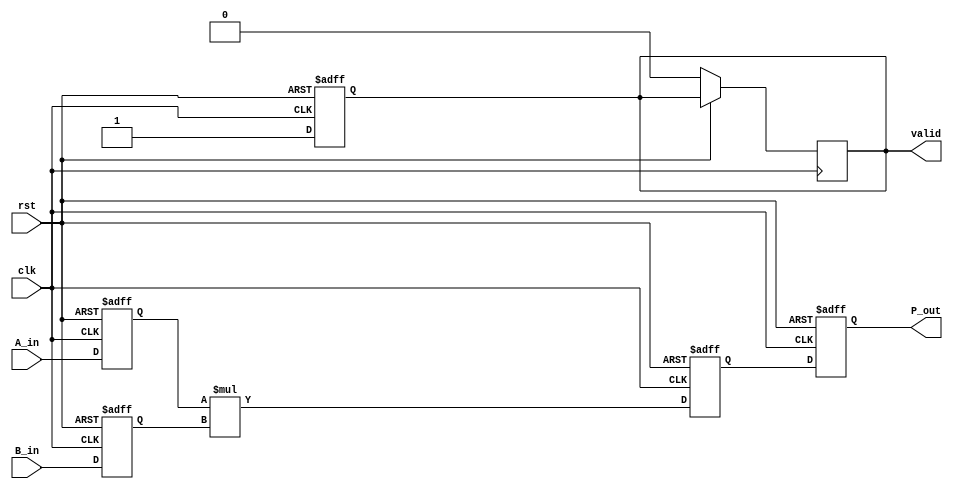
module streaming_multiplier #(
    parameter DATA_WIDTH = 16 // Configurable data width
)(
    input wire clk,
    input wire rst,
    input wire [DATA_WIDTH-1:0] A_in,
    input wire [DATA_WIDTH-1:0] B_in,
    output reg [2*DATA_WIDTH-1:0] P_out,
    output reg valid
);

    // Internal registers for pipelining
    reg [DATA_WIDTH-1:0] A_buffer;
    reg [DATA_WIDTH-1:0] B_buffer;
    reg [2*DATA_WIDTH-1:0] product;

    // State for valid signal
    reg valid_reg;

    // Pipelined operation
    always @(posedge clk or posedge rst) begin
        if (rst) begin
            A_buffer <= 0;
            B_buffer <= 0;
            product <= 0;
            P_out <= 0;
            valid <= 0;
        end else begin
            // Stage 1: Buffer inputs
            A_buffer <= A_in;
            B_buffer <= B_in;

            // Stage 2: Compute product
            product <= A_buffer * B_buffer;

            // Stage 3: Output product and valid signal
            P_out <= product;
            valid <= 1; // Indicate that the output is valid
        end
    end

    // Reset valid signal after one clock cycle
    always @(posedge clk or posedge rst) begin
        if (rst) begin
            valid_reg <= 0;
        end else begin
            valid_reg <= valid; // Hold valid state
            valid <= 0; // Reset valid signal for next cycle
        end
    end

endmodule